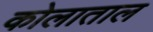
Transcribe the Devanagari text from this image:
कोलाताल